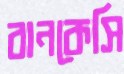
বানকেসি